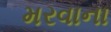
મરવાના